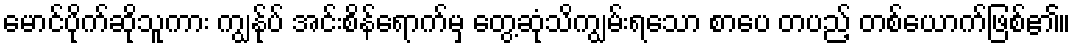
မောင်ပိုက်ဆိုသူကား ကျွန်ုပ် အင်းစိန်ရောက်မှ တွေ့ဆုံသိကျွမ်းရသော စာပေ တပည့် တစ်ယောက်ဖြစ်၏။